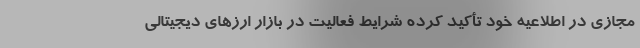
مجازی در اطلاعیه خود تأکید کرده شرایط فعالیت در بازار ارز‌های دیجیتالی